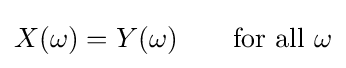
X(\omega )=Y(\omega )\qquad {\hbox{for all }}\omega